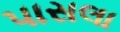
પાસલા